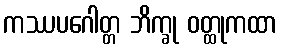
ကဿပဂေါတ္တ ဘိက္ခု ဝတ္ထုကထာ